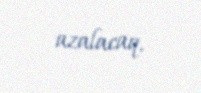
azalacaq.